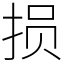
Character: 损